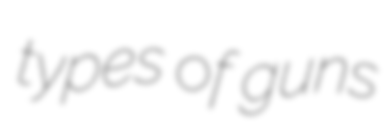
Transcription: types of guns